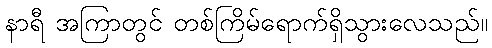
နာရီ အကြာတွင် တစ်ကြိမ်ရောက်ရှိသွားလေသည်။